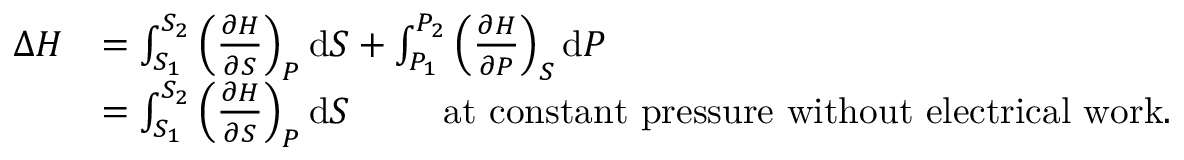
{ \begin{array} { r l } { \Delta H } & { = \int _ { S _ { 1 } } ^ { S _ { 2 } } \left( { \frac { \partial H } { \partial S } } \right) _ { P } \mathrm { d } S + \int _ { P _ { 1 } } ^ { P _ { 2 } } \left( { \frac { \partial H } { \partial P } } \right) _ { S } \mathrm { d } P } \\ & { = \int _ { S _ { 1 } } ^ { S _ { 2 } } \left( { \frac { \partial H } { \partial S } } \right) _ { P } \mathrm { d } S \, \, \, \, \, \, \, \, \, \, \, \, \, \, \, { \mathrm { a t ~ c o n s t a n t ~ p r e s s u r e ~ w i t h o u t ~ e l e c t r i c a l ~ w o r k . } } } \end{array} }